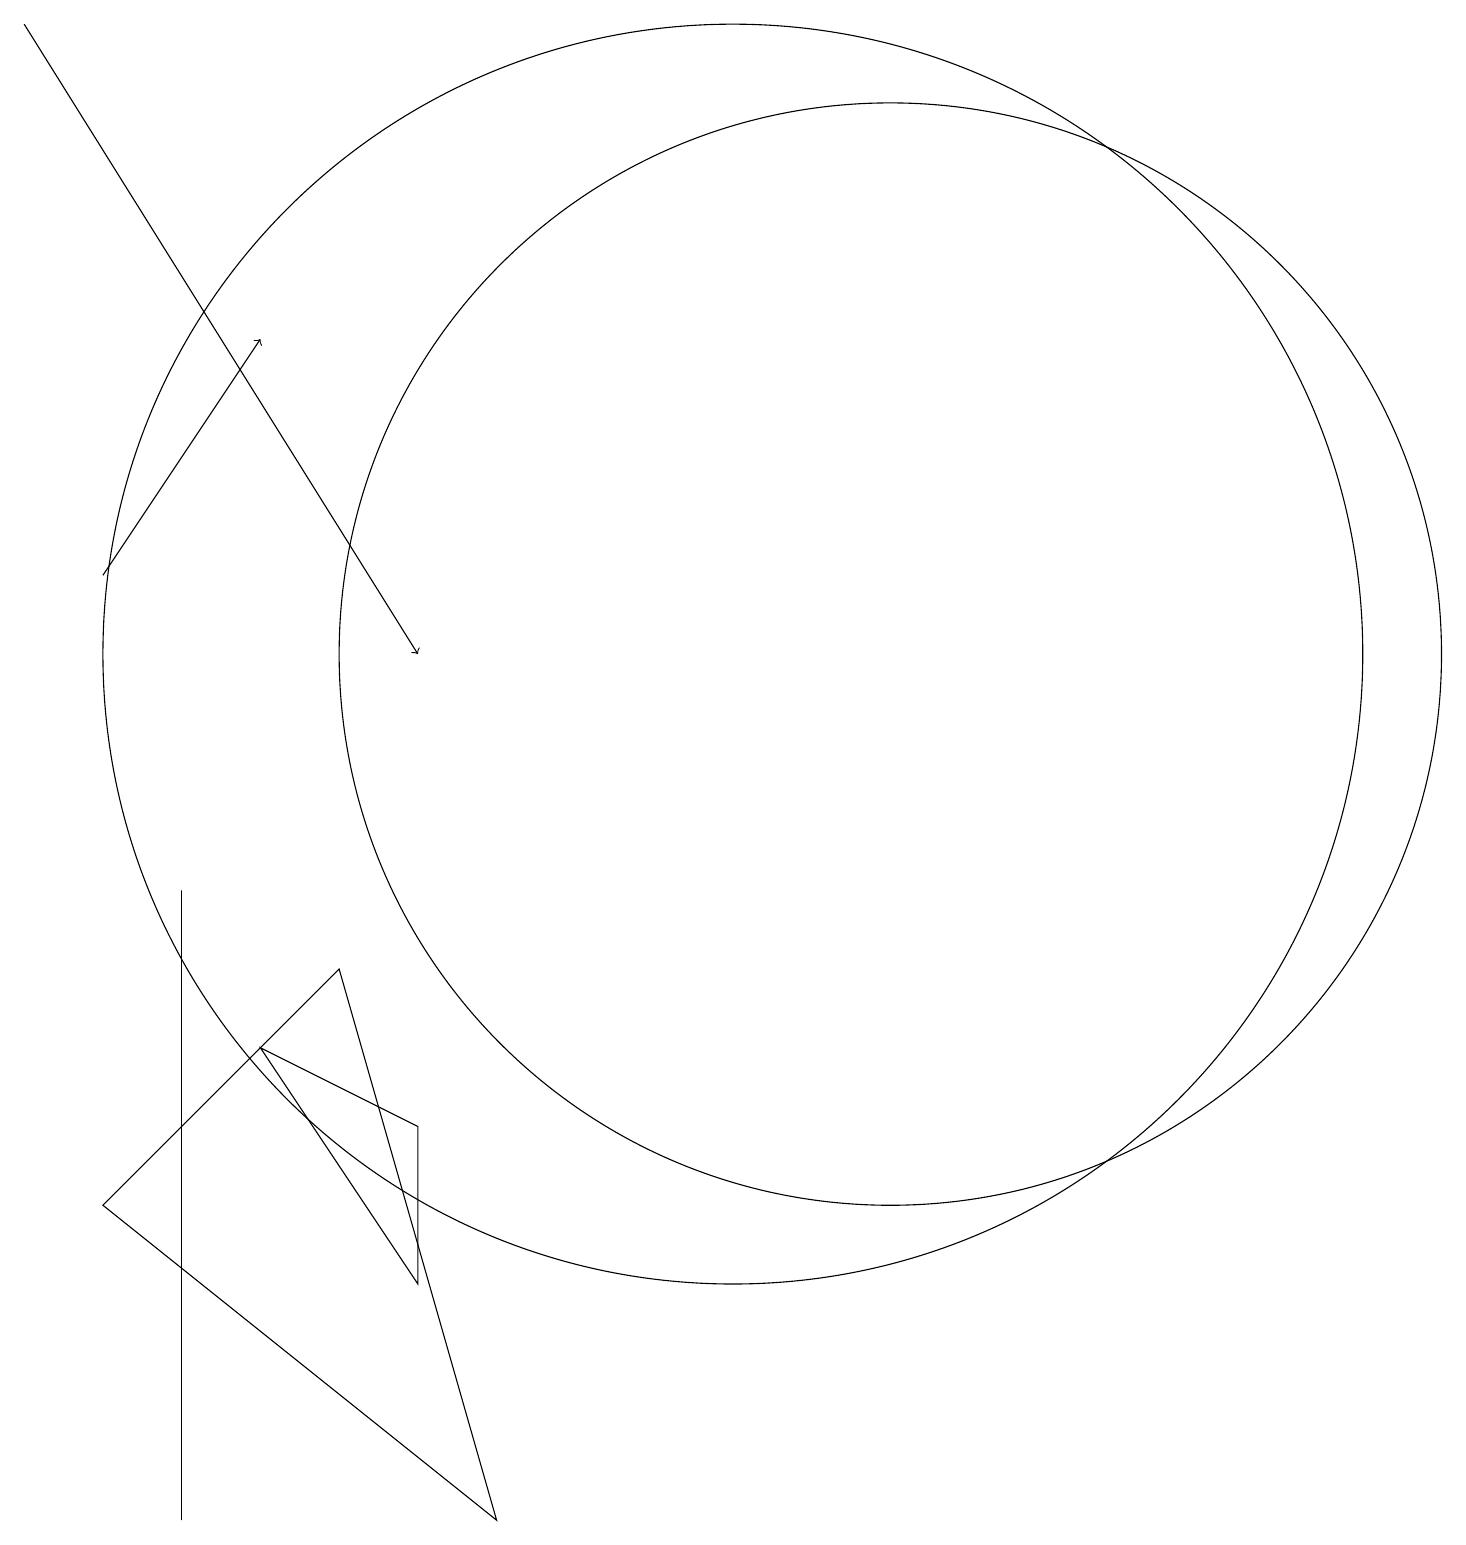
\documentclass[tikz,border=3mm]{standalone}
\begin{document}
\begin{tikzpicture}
\draw[->] (2,12) -- (4,15);
\draw (3,8) -- (3,1) -- (3,0) -- cycle;
\draw (12,11) circle (7);
\draw (6,5) -- (6,3) -- (4,6) -- cycle;
\draw (10,11) circle (8);
\draw[->] (1,19) -- (6,11);
\draw (5,7) -- (7,0) -- (2,4) -- cycle;
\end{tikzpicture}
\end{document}